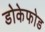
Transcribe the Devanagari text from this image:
डोकेफोड